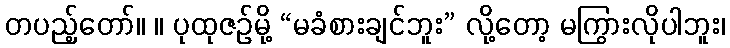
တပည့်တော်။ ။ ပုထုဇဉ်မို့ “မခံစားချင်ဘူး” လို့တော့ မကြွားလိုပါဘူး၊